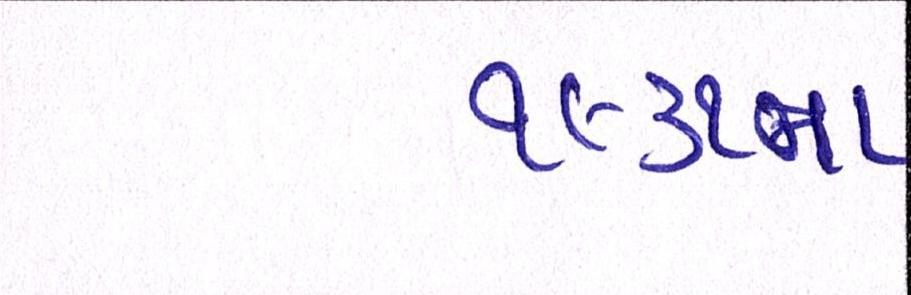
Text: ૧૯૩૧ના